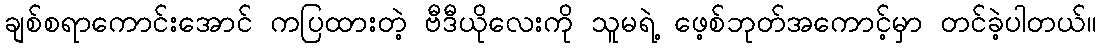
ချစ်စရာကောင်းအောင် ကပြထားတဲ့ ဗီဒီယိုလေးကို သူမရဲ့ ဖေ့စ်ဘုတ်အကောင့်မှာ တင်ခဲ့ပါတယ်။